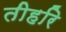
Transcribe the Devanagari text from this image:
तीहरि